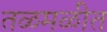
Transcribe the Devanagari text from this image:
तळमळीत